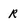
Character: R